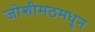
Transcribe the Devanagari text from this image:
जोशीमठमधून